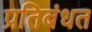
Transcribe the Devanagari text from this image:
प्रतिबंधत